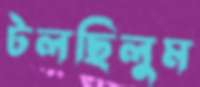
টলছিলুম